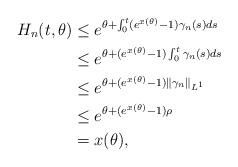
LaTeX: \begin{align*}H_{n}(t,\theta)&\leq e^{\theta+\int_{0}^{t}(e^{x(\theta)}-1)\gamma_{n}(s)ds}\\&\leq e^{\theta+(e^{x(\theta)}-1)\int_{0}^{t}\gamma_{n}(s)ds}\\&\leq e^{\theta+(e^{x(\theta)}-1)\Vert\gamma_{n}\Vert_{L^{1}}}\\&\leq e^{\theta+(e^{x(\theta)}-1)\rho}\\&=x(\theta),\end{align*}